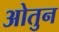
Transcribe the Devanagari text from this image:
ओतुन